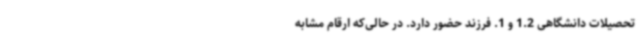
تحصیلات دانشگاهی 1.2 و 1. فرزند حضور دارد. در حالی‌که ارقام مشابه